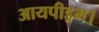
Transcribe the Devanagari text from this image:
आयपीड्रम।